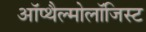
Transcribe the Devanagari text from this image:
ऑप्थैल्मोलॉजिस्ट